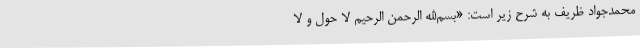
محمدجواد ظریف به شرح زیر است: «بسم‌الله الرحمن الرحیم لا حول و لا